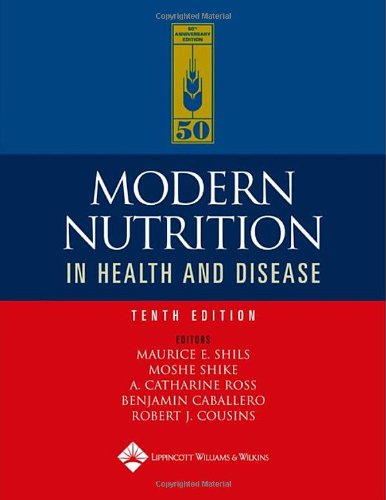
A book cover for Modern Nutrition in Health and Disease (Modern Nutrition in Health & Disease (Shils)); Medical Books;